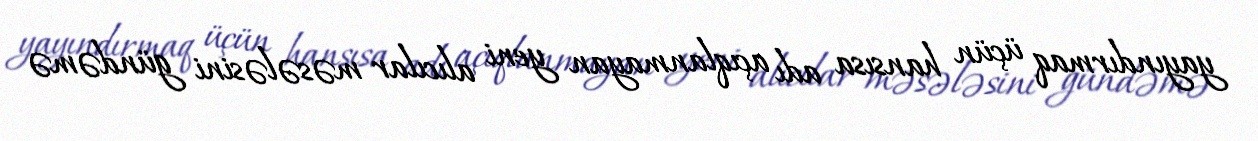
yayındırmaq üçün hansısa adı açıqlanmayan yeni alıcılar məsələsini gündəmə